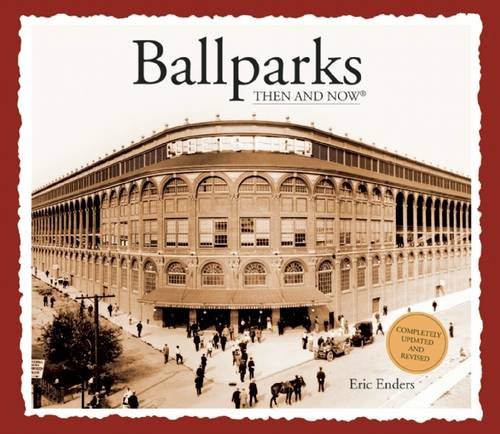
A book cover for Ballparks Then and Now (Then & Now Thunder Bay); Eric Enders; Arts & Photography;